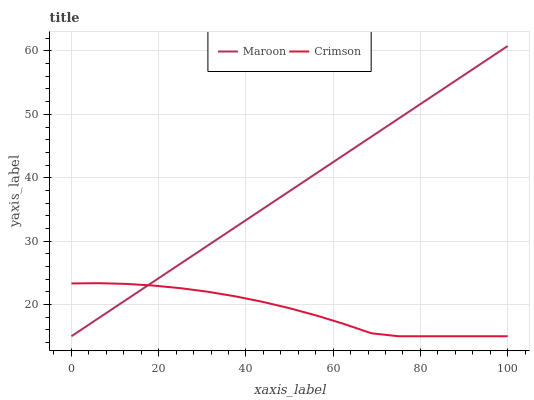
| xaxis_label | Maroon | Crimson |
 | --- | --- | --- |
 | 0 | 15 | 23.3 |
 | 6.25 | 17.9 | 23.4 |
 | 12.5 | 20.7 | 23.3 |
 | 18.8 | 23.6 | 23 |
 | 25 | 26.4 | 22.6 |
 | 31.2 | 29.3 | 22 |
 | 37.5 | 32.2 | 21.3 |
 | 43.8 | 35 | 20.4 |
 | 50 | 37.9 | 19.4 |
 | 56.2 | 40.8 | 18.3 |
 | 62.5 | 43.6 | 16.9 |
 | 68.8 | 46.5 | 15.5 |
 | 75 | 49.3 | 15 |
 | 81.2 | 52.2 | 15 |
 | 87.5 | 55.1 | 15 |
 | 93.8 | 57.9 | 15 |
 | 100 | 60.8 | 15 |